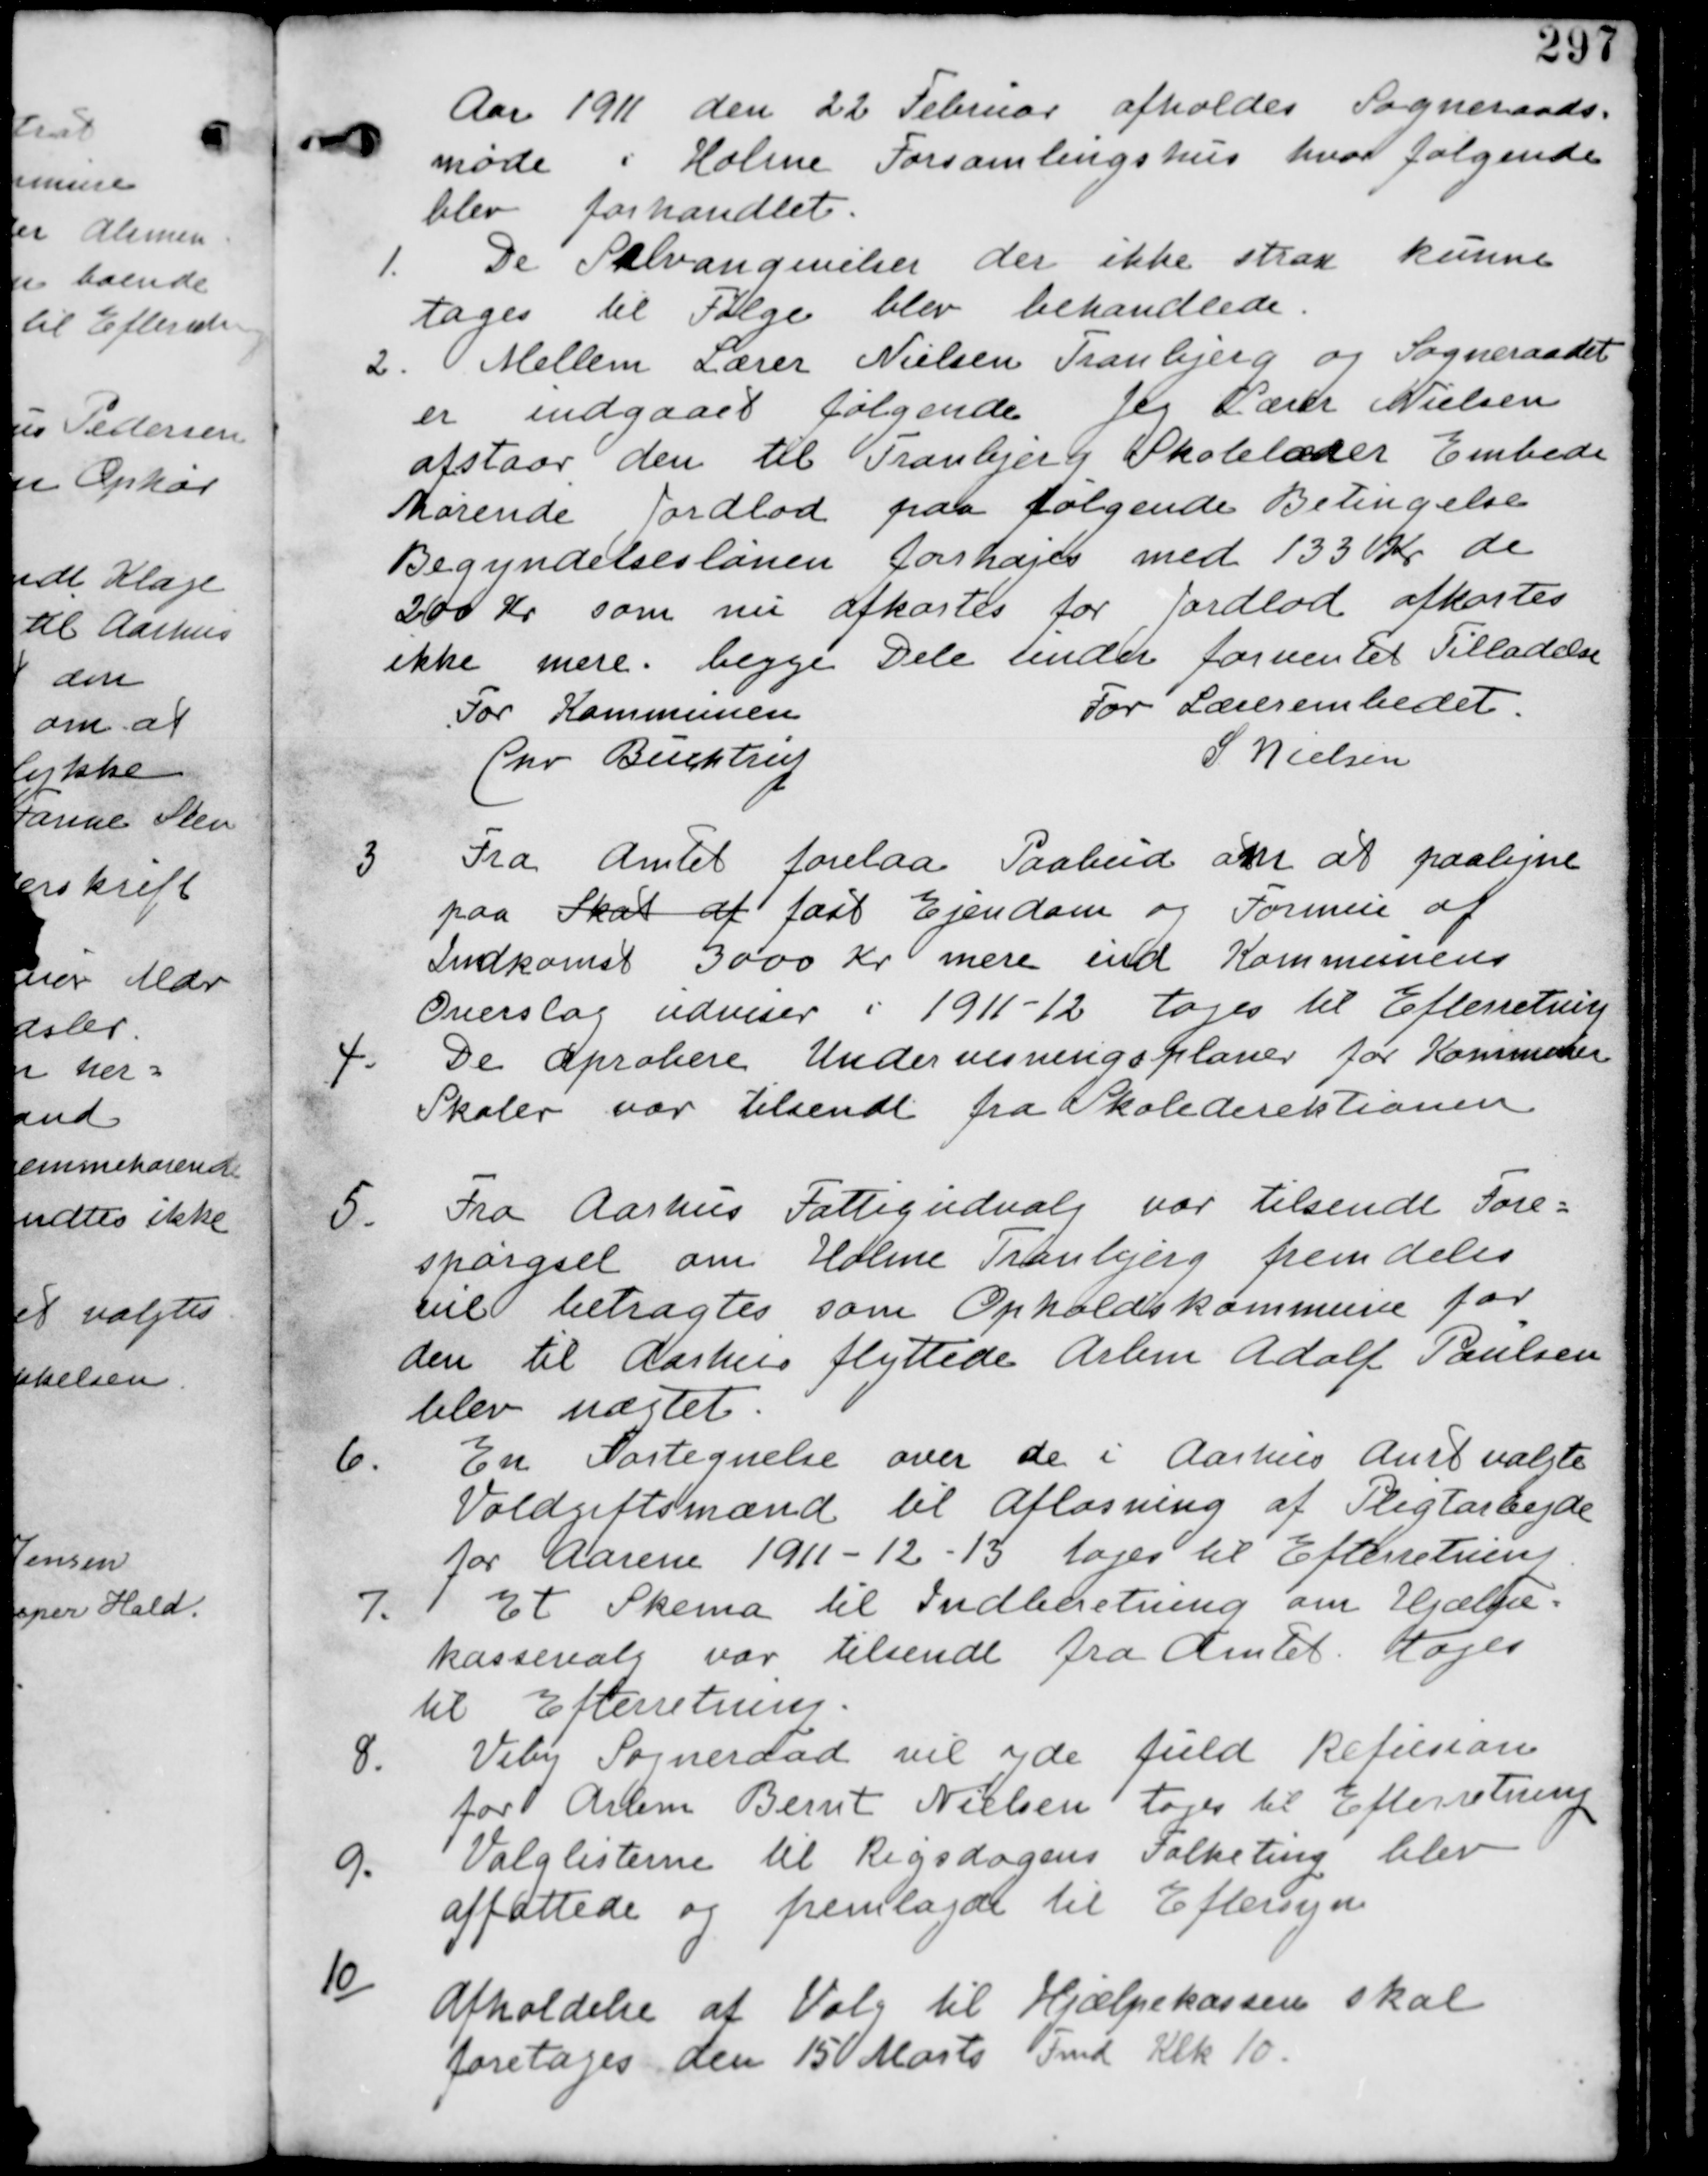
Transskription:
Aar 1911 den 22 Februar afholdes Sogneraads-
møde i Holme Forsamlingshus hvor følgende
blev forhandlet.

1. De Selvangivelser der ikke strax kunne
tages til Følge blev behandlede.

2. Mellem Lærer Nielsen Tranbjerg og Sogneraadet
er indgaaet følgende. Jeg Lærer Nielsen
afstaar den til Tranbjerg Skolelærer Embede
hørende Jordlod paa følgende Betingelse
Begyndelseslønnen forhøjes med 133 Kr de
200 Kr som nu afkastes for Jordlod afkastes
ikke mere. begge Dele under forventet Tilladelse
For Kommunen
Chr Buchtrup
For Lærerembedet
S Nielsen

3
Fra Amtet forelaa Paabud om at paaligne
paa Skat af fast Ejendom og Formue af
Indkomst 3000 Kr mere ind Kommunens
Overslag udviser i 1911-12 tages til Efterretning

4. De aprobere Undervisningsplaner for Kommune
Skoler var tilsendt fra Skoledirektionen.

5. Fra Aarhus Fattigudvalg var tilsendt Fore-
spørgsel om Holme Tranbjerg fremdeles
vil betragtes som Opholdskommune for
den til Aarhus flyttede Arbm Adolf Paulsen
blev nægtet.

6. En Fortegnelse over de i Aarhus Amt valgte
Voldgiftsmænd til Afløsning af Pligtarbejde
for Aarene 1911-12-13 tages til Efterretning

7.
Et Skema til Indberetning om Hjælpe-
kassevalg var tilsendt fra Amtet tages
til Efterretning.

8.
Viby Sogneraad vil yde fuld Refusion
for Arbm Bernt Nielsen tages til Efterretning

9. Valglisterne til Rigsdagens Folketing blev
affattede og fremlagt til Eftersyn

10/
Afholdelse af Valg til Hjælpekassen skal
foretages den 15 Marts Fmd Klk 10